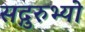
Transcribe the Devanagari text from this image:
सद्गुरुभ्यो